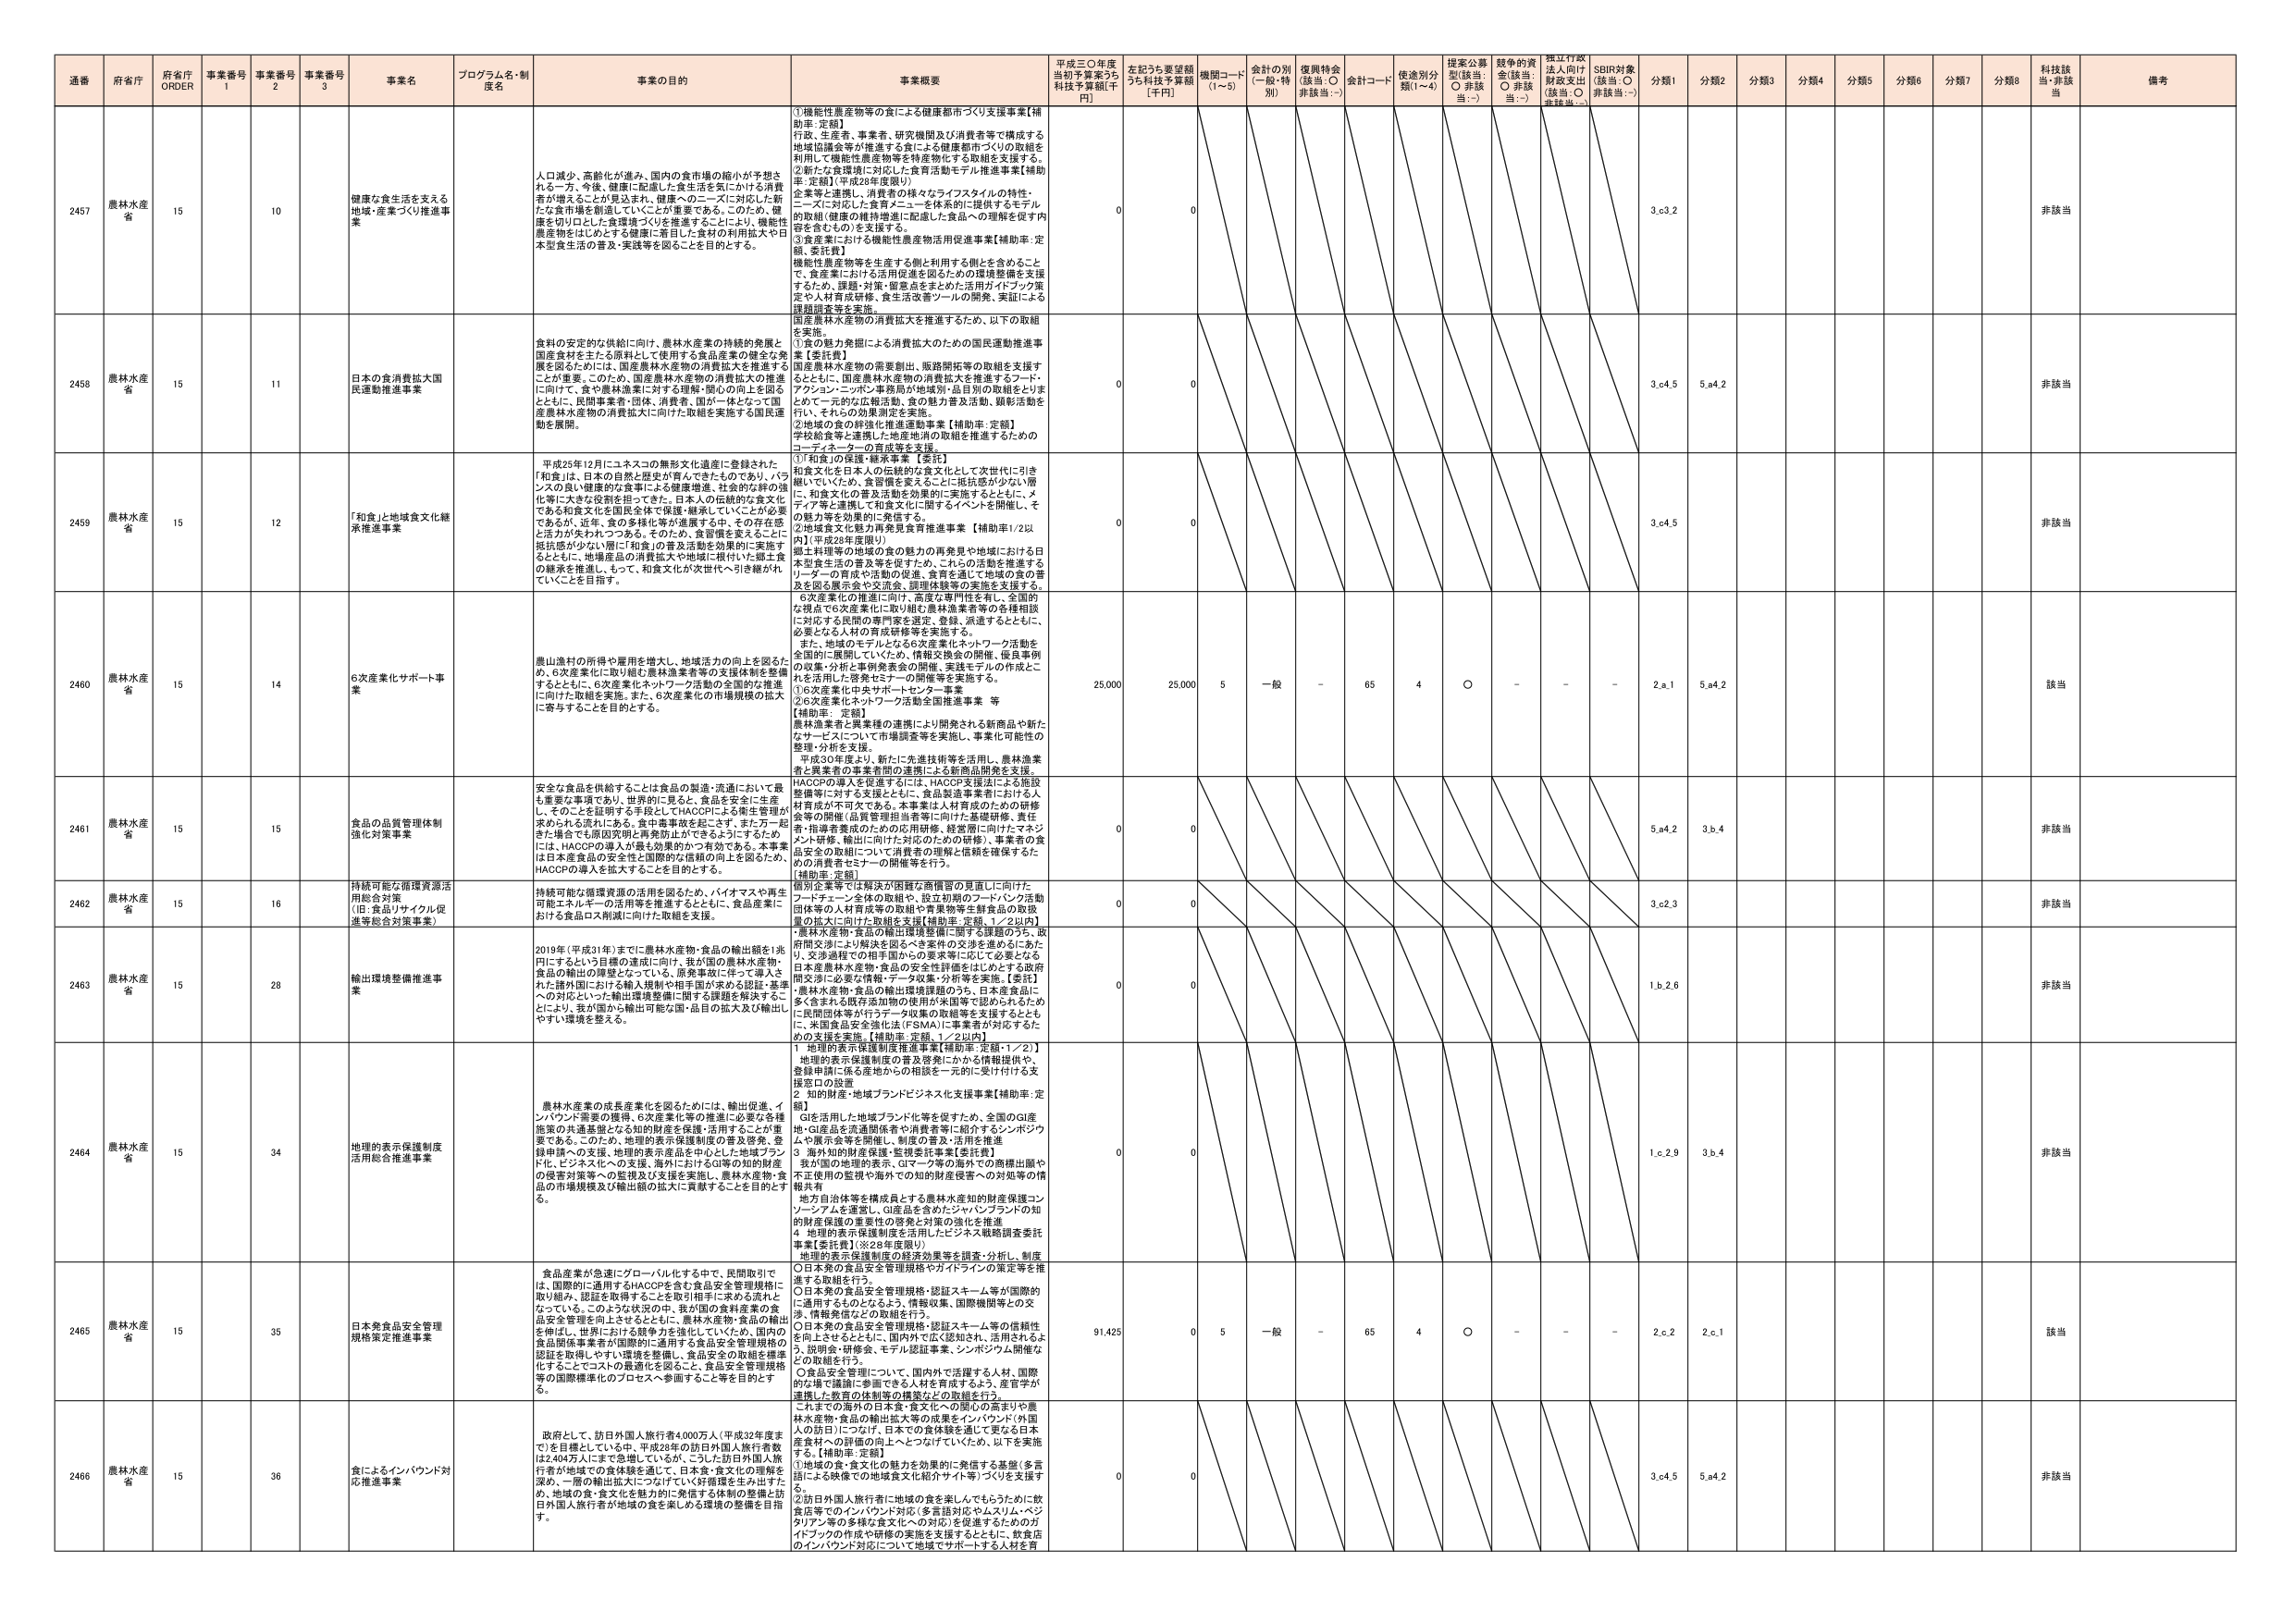
通番 府省庁 府省庁 ORDER 事業番号 1 事業番号 2 事業番号 3 事業名 プログラム名・制度名 事業の目的 事業概要 平成三〇年度当初予算案うち補正予算額[千円] 左記うち要望額うち補正予算額[千円] 機関コード (1～5) 会計の別 (一般・特別) 復興特会 (該当:○ 非該当:－) 会計コード 使途別分類(1～4) 提案公募型(該当:○ 非該当:－) 越争の資金(該当:○ 非該当:－) 採択行政法上向け財政支出(該当:○ 非該当:－) SDBR対象(該当:○ 非該当:－) 分類1 分類2 分類3 分類4 分類5 分類6 分類7 分類8 科技該当・非該当 備考

2457 農林水産省 15 10 健康な食生活を支える地域・産業づくり推進事業 人口減少、高齢化が進み、国内の食市場の縮小が予想される一方、今後、健康に配慮した食生活を気にかける消費者が増えることが見込まれ、健康へのニーズに対応した新たな食市場を創造していくことが重要である。このため、健康を切り口とした食環境づくりを推進することにより、機能性農産物をはじめとする健康に着目した食材の利用拡大や日本型食生活の普及・実践等を図ることを目的とする。 ①機能性農産物等の食による健康都市づくり支援事業【補助率:定額】 行政、生産者、事業者、研究機関及び消費者等で構成する地域協議会等が推進する食による健康都市づくりの取組を活用して機能性農産物等を特産物化する取組を支援する。 ②新たな食環境に対応した食育活動モデル推進事業【補助率:定額】(平成28年度限り) 企業等と連携し、消費者の様々なライフスタイルの特性・ニーズに対応した食育メニューを体系的に提供するモデルの取組(健康の維持増進に配慮した食品への理解を促す内容を含むもの)を支援する。 ③産業業における機能性農産物活用促進事業【補助率:定額、委託費】 機能性農産物等を生産する側と利用する側とを含めることで、食産業における活用促進を図るための環境整備を支援するため、課題・対策・留意点をまとめた活用ガイドブック策定や人材育成研修、食生活改善ツールの開発、実証による課題提案等を実施。 国産農林水産物の消費拡大を推進するため、以下の取組を実施。 ①食の魅力発掘による消費拡大のための国民運動推進事業【委託費】 国産農林水産物の需要創出、販路開拓等の取組を支援するとともに、国産農林水産物の消費拡大を推進するフード・アクション・ニッポン事務局が地域別・品目別の取組をとりまとめ、全国的な広報活動、食の魅力普及活動、顕彰活動を行い、それらの効果測定を実施。 ②地域の食の評価化推進運動事業【補助率:定額】 学校給食等と連携した地産地消の取組を推進するためのコーディネーターの育成等を支援。 0 0 3.c3.2 非該当

2458 農林水産省 15 11 日本の食消費拡大国民運動推進事業 食料の安定的な供給に向け、農林水産業の持続的発展と国産農林水産物の消費拡大を推進する。 0 0 3.c4.5 5.a4.2 非該当

2459 農林水産省 15 12 「和食」と地域食文化継承推進事業 平成25年12月にユネスコの無形文化遺産に登録された「和食」は、日本の自然と歴史が育んできたものであり、バランスの良い健康的な食事による健康増進、社会的な絆の強化等に大きな役割を担ってきた。日本人の伝統的な食文化である和食文化を国民全体で保護・継承していくことが必要であるが、近年、食の多様化等が進展する中、その存在感と活力が失われつつある。そのため、食習慣を変えることに抵抗感が少ない「届け!和食」の普及活動を効果的に実施するとともに、地場産品の消費拡大や地域に根付いた郷土食の継承を推進し、そして、和食文化が次世代へと引き継がれていくことを目指す。 ①「和食」の保護・継承事業【委託】 和食文化を日本人の伝統的な食文化として次世代に引き継いでいくため、食習慣を変えることに抵抗感が少ない層に、和食文化の普及活動を効果的に実施するとともに、メディア等と連携して和食文化に関するイベントを開催し、その魅力等を効果的に発信する。 ②地域食文化魅力再発見食育推進事業【補助率:1/2以内】(平成28年度限り) 郷土料理等の地域の食の魅力の再発見や地域における日本型食生活の普及等を促すため、これらの活動を推進するリーダーの育成や活動の促進、食育を通して地域の食の普及を図る展示会や交流会、調理体験等の実施を支援する。 6次産業化の推進に向け、高度な専門性を有し、全国的な視点で6次産業化に取り組む農林漁業者等の各種相談に対応する民間の専門家を選定、登録、派遣するとともに、必要となる人材の育成研修等を支援する。 また、地域のモデルとなる6次産業化ネットワーク活動を全国的に展開していくため、情報交換会の開催、優良事例の公集・分析と事例発表会の開催、実践モデルの作成などを活用した啓発セミナーの開催等を実施する。 ①6次産業化中央サポートセンター事業 ②6次産業化ネットワーク活動全国推進事業 等 【補助率:定額】 農林漁業者と異業種の連携により開発される新商品や新たなサービスについて市場調査等を実施し、事業化可能性の整理・分析を支援。 平成30年度より、新たに先進技術等を活用し、農林漁業者と異業者の事業者間の連携による新商品開発を支援。 0 0 3.c4.5 非該当

2460 農林水産省 15 14 6次産業化サポート事業 農山漁村の所得や雇用を増大し、地域活力の向上を図るため、6次産業化に取り組む農林漁業者等の支援体制を整備するとともに、6次産業化ネットワーク活動の全国的な推進に向けた取組を実施。また、6次産業化の市場規模の拡大に寄与することを目的とする。 25,000 25,000 5 一般 - 65 4 ○ - - - 2.a.1 5.a4.2 該当

2461 農林水産省 15 15 食品の品質管理体制強化対策事業 安全な食品を供給することは食品の製造・流通において最も重要な事項であり、世界的に見ると、食品安全に生産し、そのことを証明する手段としてHACCPによる管理が求められる流れにある。食中毒事故を起こさず、また万一起きた場合でも原因究明と再発防止ができるようにするためには、HACCPの導入が最も効果的かつ有効である。本事業は日本産食品の安全性と国際的な信頼の向上を図るため、HACCPの導入を拡大することを目的とする。 HACCPの導入を促進するには、HACCP支援法による施設整備等に対する支援とともに、食品製造事業者における人材育成が不可欠である。本事業は人材育成のための研修会等の開催(品質管理担当者等に向けた基礎研修、責任者・指導者養成のための応用研修、経営層に向けたマネジメント研修、輸出に向けた対応のための研修)、事業者の食品安全の取組について消費者の理解と信頼を確保するための消費者セミナーの開催等を行う。 【補助率:定額】 0 0 5.a4.2 3.b.4 非該当

2462 農林水産省 15 16 持続可能な循環資源活用総合対策 (旧:食品リサイクル促進等総合対策事業) 持続可能な循環資源の活用を図るため、バイオマスや再生可能エネルギーの活用等を推進するとともに、食品産業における食品ロス削減に向けた取組を支援。 原料企業等では解決が困難な廃棄物の見直しに向けたフードチェーン全体の取組や、設立初期のフードバンク活動団体等の人材育成等の取組や青果物等生鮮食品の取扱量の拡大に向けた取組を支援【補助率:定額、1／2以内】 ・農林水産物・食品の輸出環境整備に関する課題のうち、政府間交渉により解決を図るべき案件の交渉を進めるとともに、交渉過程での相手国からの要求等に応じて必要となる日本産農林水産物・食品の安全性評価をはじめとする政府間交渉に必要な情報・データ収集・分析等を実施。【委託】 ・農林水産物・食品の輸出環境課題のうち、日本産食品に多く含まれる保存添加物の使用が米国等で認められることのため、民間団体等が行うデータ収集の取組等を支援するとともに、米国食品安全強化法(FSMA)に事業者が対応するための支援を実施。【補助率:定額、1／2以内】 0 0 3.c2.3 非該当

2463 農林水産省 15 28 輸出環境整備推進事業 2019年(平成31年)までに農林水産物・食品の輸出額を1兆円にするという目標の達成に向け、我が国の農林水産物・食品の輸出の増量を図っている。昨年実行に着手した「新たな諸外国における輸入規制や相手国が求める認証・基準への対応といった輸出環境整備に関する課題を解決することにより、我が国から輸出可能な国・品目の拡大及び輸出しやすい環境を整える。 0 0 1.b.2.6 非該当

2464 農林水産省 15 34 地理的表示保護制度活用総合推進事業 農林水産業の成長産業化を図るためには、輸出促進、イノベンド需要の獲得、6次産業化等の推進に必要な各種施策の共通基盤となる知的財産を保護・活用することが重要である。このため、地理的表示保護制度の普及啓発、登録申請への支援、地理的表示商品を中心とした地域ブランド化、ビジネス化への支援、海外におけるGマーク等の知的財産の侵害対策等への監視及び支援を実施し、農林水産物・食品の市場規模及び輸出額の拡大に貢献することを目的とする。 1 地理的表示保護制度推進事業【補助率:定額・1／2】 地理的表示保護制度の普及啓発にかかる情報提供や、登録申請に係る産地からの相談を一元的に受け付ける支援窓口の設置 2 知的財産・地域ブランドビジネス化支援事業【補助率:定額】 GIを活用した地域ブランド化等を促すため、全国のGI産地・GI産品を流通関係者や消費者等に紹介するシンポジウムや展示会を開催し、制度の普及・活用を推進 3 海外知的財産保護・監視委託事業【委託費】 海外の地理的表示、Gマーク等の海外での商標出願や不正使用の監視や海外での知的財産侵害への対処等の情報共有 地方自治体等を構成員とする農林水産知的財産保護コンソーシアムを運営し、GI産品を含めたジャパンブランドの知的財産保護の重要性の啓発と対策の強化を推進 4 地理的表示保護制度を活用したビジネス戦略調査委託事業【委託費】(※28年度限り) 地理的表示保護制度の経済効果等を調査・分析し、制度 0 0 1.c.2.9 3.b.4 非該当

2465 農林水産省 15 35 日本発食品安全管理規格策定推進事業 食品産業が急速にグローバル化する中で、民間取引では、国際的に通用するHACCPを含む食品安全管理規格に取り組み、認証を取得することを取引相手に求める流れとなっている。このような状況の中、我が国の食料産業の食品安全管理を向上させるとともに、農林水産物・食品の輸出を伸ばし、世界における競争力を強化していくため、国内の食品関係事業者が国際的に通用する食品安全管理規格の認証を取得しやすい環境を整備し、食品安全の取組を標準化することでコストの最適化を図ること、食品安全管理規格等の国際標準化のプロセスへ参画すること等を目的とする。 ○日本の食品安全管理規格やガイドラインの策定等を推進する取組を行う。 ○日本の食品安全管理規格・認証スキーム等が国際的に通用するものとなるよう、情報収集、国際機関等との交渉、情報発信などの取組を行う。 ○日本の食品安全管理規格・認証スキーム等の信頼性を向上させるとともに、国内外で広く認知され、活用されるよう、説明会・研修会、モデル認証事業、シンポジウム開催などの取組を行う。 ○食品安全管理について、国内外で活躍する人材、国際的な場で議論に参画できる人材を育成するよう、産官学が連携した教育の体制等の構築などの取組を行う。 91,425 0 5 一般 - 65 4 ○ - - - 2.e.2 2.e.1 該当

2466 農林水産省 15 36 食によるインバウンド対応推進事業 政府として、訪日外国人旅行者4,000万人(平成32年度まで)を目標としている中、平成28年の訪日外国人旅行者数は2,404万人にまで急増している。こうした訪日外国人旅行者が地域での食体験を通して、日本食・食文化の理解を深め、一層の輸出拡大につなげていく好循環を生み出すため、地域の食・食文化を魅力的に発信する体制の整備と訪日外国人旅行者が地域の食を楽しめる環境の整備を目指す。 これまでの海外の日本食・食文化への関心の高まりや農林水産物・食品の輸出拡大等の成果をインバウンド(外国人の訪日)につなげ、日本での食体験を通じて更なる日本産食材への評価の向上へとつなげていくため、以下を実施する。【補助率:定額】 ①地域の食・食文化の魅力を効果的に発信する基盤(多言語による映像での地域食文化紹介サイト等)づくりを支援する。 ②訪日外国人旅行者に地域の食を楽しんでもらうために飲食店等でのインバウンド対応(多言語対応やムスリム・ベジタリアン等の多様な食文化への対応)を促進するためのガイドブックの作成や研修の実施を支援するとともに、飲食店のインバウンド対応について地域でサポートする人材を育 0 0 3.c4.5 5.a4.2 非該当